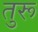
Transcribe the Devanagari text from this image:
तुरू